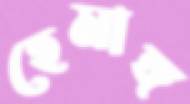
হেমাঙ্গ